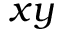
x y